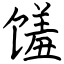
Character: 馐